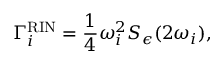
\Gamma _ { i } ^ { \mathrm { R I N } } = \frac { 1 } { 4 } \omega _ { i } ^ { 2 } S _ { \epsilon } ( 2 \omega _ { i } ) ,